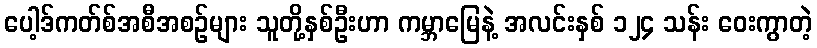
ပေါ့ဒ်ကတ်စ်အစီအစဉ်များ သူတို့နှစ်ဦးဟာ ကမ္ဘာမြေနဲ့ အလင်းနှစ် ၁၂၄ သန်း ဝေးကွာတဲ့